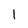
Character: 1